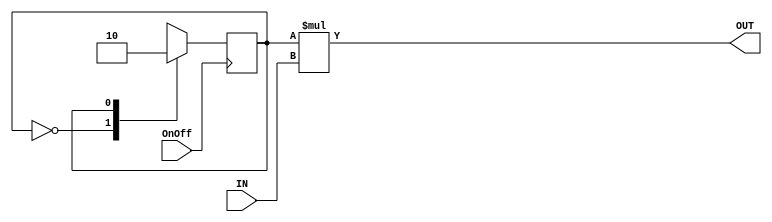
// This program was cloned from: https://github.com/rolo-g/TRISC-Processor
// License: MIT License

module OnOffToggle 
(
	input OnOff,IN,
	output OUT
);
reg state,nextstate;
parameter ON=1'b1,OFF=1'b0;
	always @ (negedge OnOff)
			state <= nextstate;
	always @ (state)
			case(state)
				OFF: nextstate = ON;
				ON: nextstate = OFF;
			endcase
	assign OUT = state*IN;
endmodule